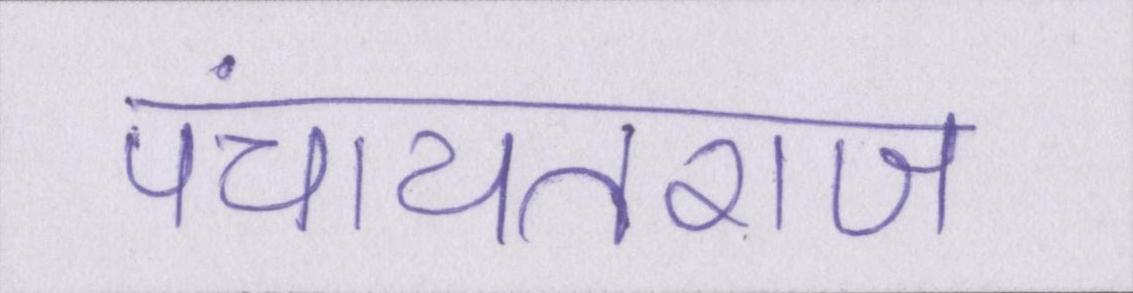
पंचायतराज